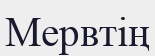
Мервтің